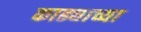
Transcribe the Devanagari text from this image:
काढ्याच्या